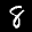
Label: 8